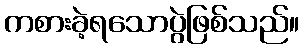
ကစားခဲ့ရသောပွဲဖြစ်သည်။